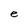
Character: e